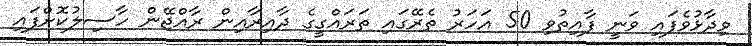
ވިދާޅުވެފައި ވަނީ ފާއިތުވި 50 އަހަރު ތެރޭގައި ތަރައްގީގެ ދާއިރާއިން ރާއްޖޭން ހާސިލުކޮށްފައި